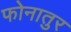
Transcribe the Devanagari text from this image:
फोनातुर